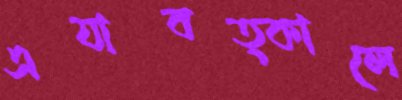
এযাবত্কালে